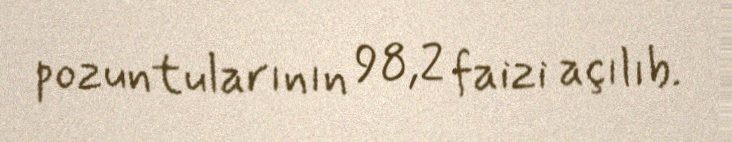
pozuntularının 98,2 faizi açılıb.